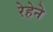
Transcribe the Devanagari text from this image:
रेहेने